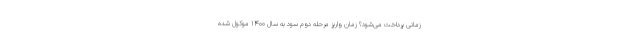
زمانی پرداخت می‌شود؟ زمان واریز مرحله دوم سود به سال 1400 موکول شده